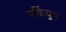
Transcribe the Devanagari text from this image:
पर्कियुश्न